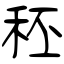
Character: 秠